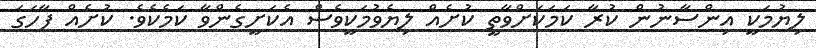
ލިޔުމަކީ އިންސާނުން ކުރާ ކަމަކަށްވާތީ ކުށެއް ލިޔެވުމަކީވެސް އެކަށީގެންވާ ކަމެކެވެ. ކުށެއް ފާހަގަ